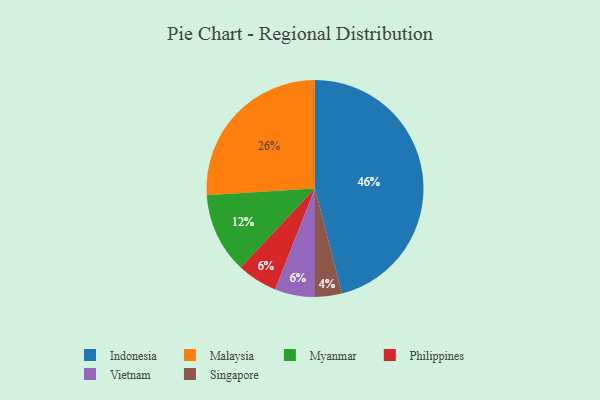
{"axis": {"x": "Category", "y": "Percentage"}, "legend": ["Indonesia", "Malaysia", "Myanmar", "Philippines", "Singapore", "Vietnam"], "data": [{"x": "Singapore", "y": 4, "type": "Singapore"}, {"x": "Philippines", "y": 6, "type": "Philippines"}, {"x": "Indonesia", "y": 46, "type": "Indonesia"}, {"x": "Myanmar", "y": 12, "type": "Myanmar"}, {"x": "Malaysia", "y": 26, "type": "Malaysia"}, {"x": "Vietnam", "y": 6, "type": "Vietnam"}]}